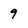
Character: 9